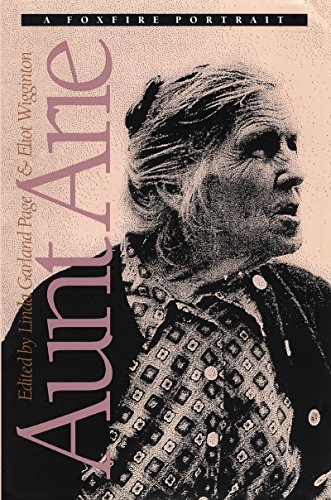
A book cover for Aunt Arie: A Foxfire Portrait; Politics & Social Sciences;